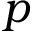
p